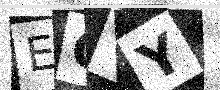
Text: EOVY